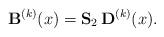
LaTeX: \begin{align*}{\bf B}^{(k) } (x)={\bf S}_2 \, {\bf D}^{(k) } (x).\end{align*}